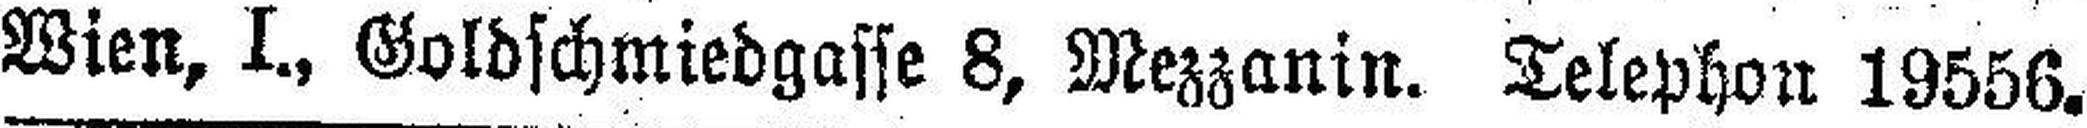
Wien, I., Goldschmiedgasse 8, Mezzanin. Telephon 19556.